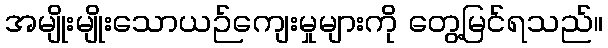
အမျိုးမျိုးသောယဉ်ကျေးမှုများကို တွေ့မြင်ရသည်။